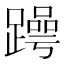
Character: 𬧒